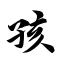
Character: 孩